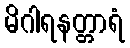
မိဂါရနတ္တာရံ